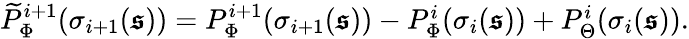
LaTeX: \begin{array}{r}{\widetilde{P}_{\Phi}^{i+1}(\sigma_{i+1}(\boldsymbol{\mathfrak{s}}))=P_{\Phi}^{i+1}(\sigma_{i+1}(\boldsymbol{\mathfrak{s}}))-P_{\Phi}^{i}(\sigma_{i}(\boldsymbol{\mathfrak{s}}))+P_{\Theta}^{i}(\sigma_{i}(\boldsymbol{\mathfrak{s}})).}\end{array}